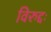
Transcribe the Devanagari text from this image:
विरुद्दः